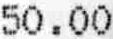
50.00